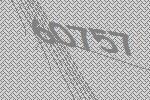
60757